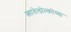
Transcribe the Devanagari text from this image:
त्लातेलोल्कोच्या